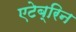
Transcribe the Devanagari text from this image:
एटेब्रिन